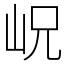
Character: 岲